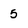
Character: 5